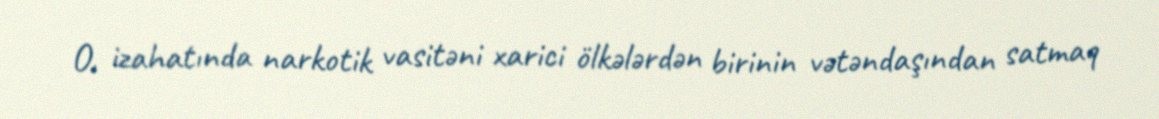
O, izahatında narkotik vasitəni xarici ölkələrdən birinin vətəndaşından satmaq